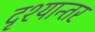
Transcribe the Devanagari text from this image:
दृश्यान्तर